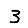
Digit: 3